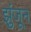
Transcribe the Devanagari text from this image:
झुंजून